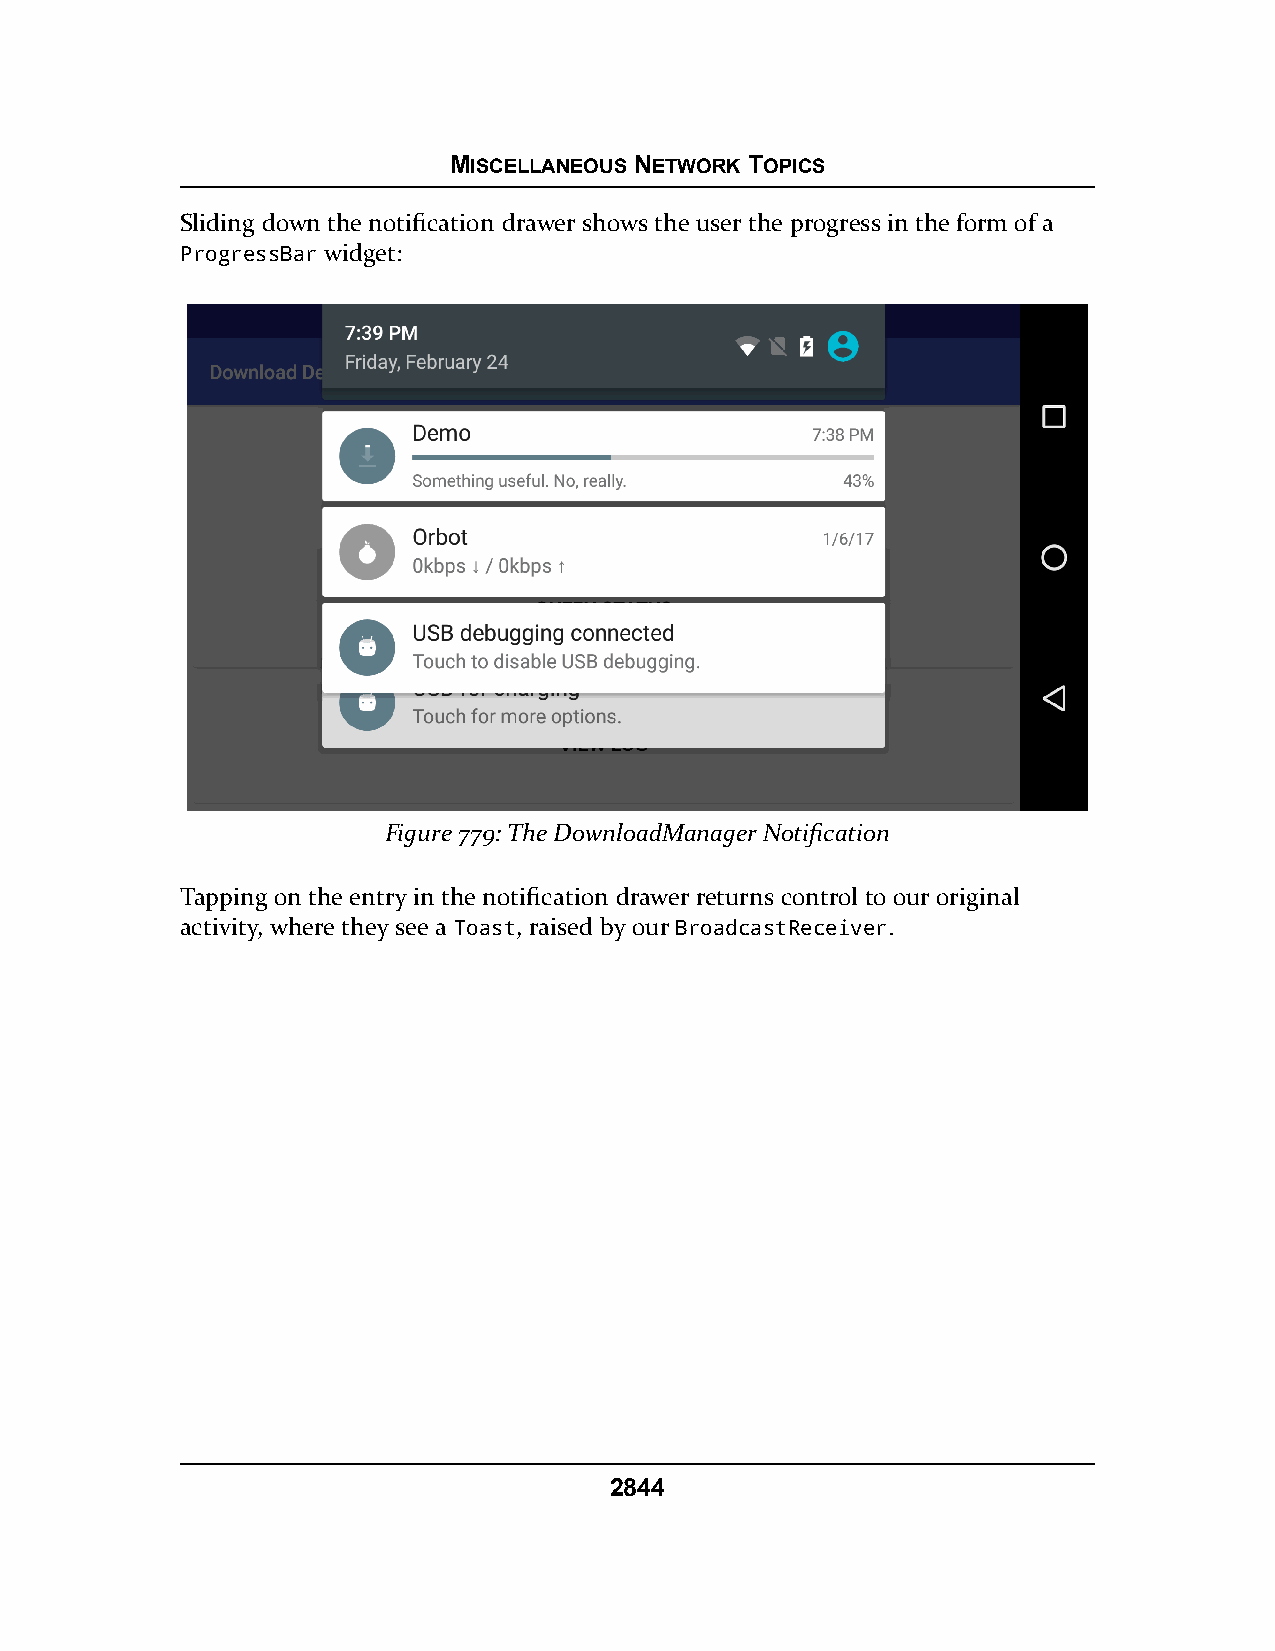
MISCELLANEOUS NETWORK TOPICS
 Sliding down the notification drawer shows the user the progress in the form of a
 ProgressBar widget:
 Figure 779: The DownloadManager Notification
 Tapping on the entry in the notification drawer returns control to our original
 activity, where they see a Toast, raised by our BroadcastReceiver.
 2844